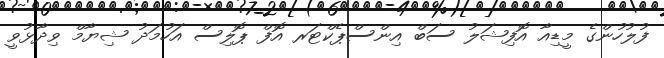
ފުލުހުންގެ މީޑިއާ އޮފިޝަލު ސަބް އިންސްޕެކްޓަރ އޮފް ޕޮލިސް އަހުމަދު ޝިޔާމް ވިދާޅުވީ